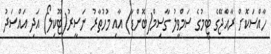
ހާއްސަކޮށް ރާއްޖޭގެ ޓީމުގެ ސަމްވީލު ގާސިމް(ބޮންޑާ) އާއި މުހުތާރު ނަސީރު(ޓޫކިލޯ) އަދި އައްސަދު